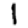
Digit: 1